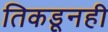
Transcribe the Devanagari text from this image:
तिकडूनही